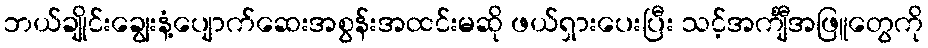
ဘယ်ချိုင်းချွေးနံ့ပျောက်ဆေးအစွန်းအထင်းမဆို ဖယ်ရှားပေးပြီး သင့်အင်္ကျီအဖြူတွေကို